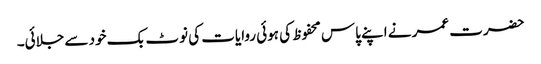
حضرت عمر نے اپنے پاس محفوظ کی ہوئی روایات کی نوٹ بک خود سے جلائی۔